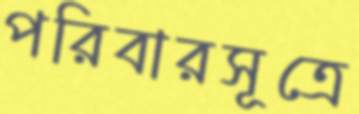
পরিবারসূত্রে